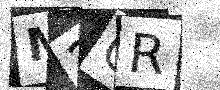
Text: M2CR